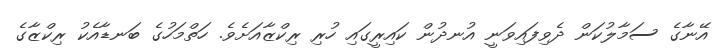
އޭނާގެ ސަމާލުކަން ދެވިފައިވަނީ އުނދުން ކައިރީގައި ހުރި ރިކްޒާއަށެވެ. ހަތްމަހުގެ ބަނޑާއެކު ރިކްޒާގެ